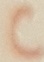
Text: C